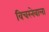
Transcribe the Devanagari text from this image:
विचरनेवाला